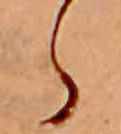
ら